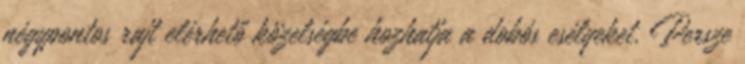
négypontos rajt elérhető közelségbe hozhatja a dobós esélyeket. Persze